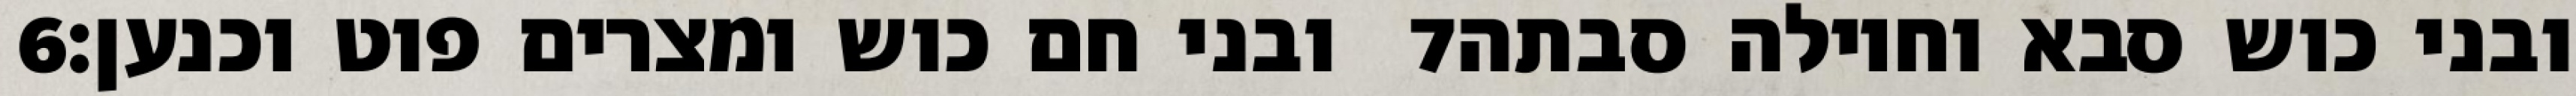
‎6‏ ובני חם כוש ומצרים פוט וכנען׃ ‎7‏ ובני כוש סבא וחוילה סבתה